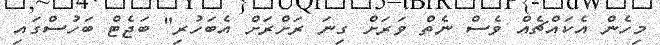
މިހެން އެކައްޗެއް ވެސް ނެތް ވަރަށް ގިނަ ރަށްރަށް އެބަހުރި" ބަޖެޓް ބަހުސްގައި